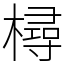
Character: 樳